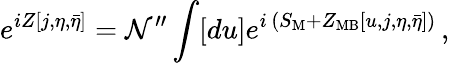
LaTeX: e^{iZ[j,\eta,\bar{\eta}]}={\cal N}^{\prime\prime}\int[du]e^{i\, (S_{\mathrm{M}}+Z_{\mathrm{MB}}[u,j,\eta,\bar{\eta}])}\, ,